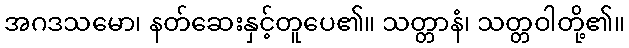
အဂဒသမော၊ နတ်ဆေးနှင့်တူပေ၏။ သတ္တာနံ၊ သတ္တဝါတို့၏။